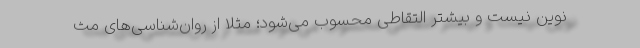
نوین نیست و بیشتر التقاطی محسوب می‌شود؛ مثلا از روان‌شناسی‌های مث